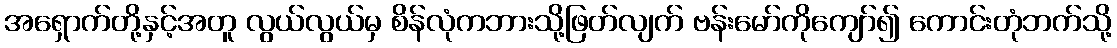
အရှောက်တို့နှင့်အတူ လွယ်လွယ်မှ စိန်လုံကဘားသို့ဖြတ်လျက် ဗန်းမော်ကိုကျော်၍ ကောင်းတုံဘက်သို့